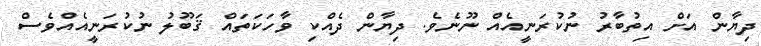
ދިޔާން އަށް އިތުބާރު ނުކުރަނީއެއް ނޫނެވެ. ދިޔާން ދެއްކި ވާހަކަތައް ޤަބޫލު ނުކުރަނީއެއްވެސް